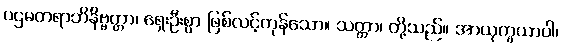
ပဌမတရာဘိနိဗ္ဗတ္တာ၊ ရှေးဦးစွာ ဖြစ်လင့်ကုန်သော။ သတ္တာ၊ တို့သည်။ အာယုက္ခယာဝါ၊